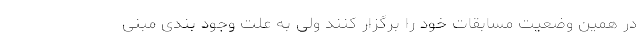
در همین وضعیت مسابقات خود را برگزار کنند ولی به علت وجود بندی مبنی